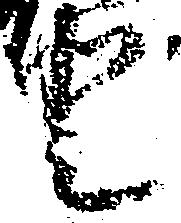
登